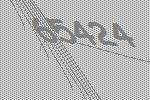
65424